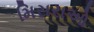
મિસરાઓ